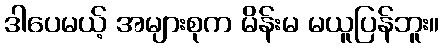
ဒါပေမယ့် အများစုက မိန်းမ မယူပြန်ဘူး။